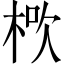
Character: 𣒱